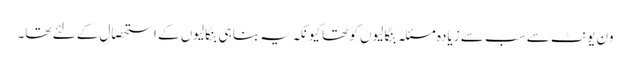
ون یونٹ سے سب سے زیادہ مسئلہ بنگالیوں کو تھا کیونکہ یہ بنا ہی بنگالیوں کے استحصال کے لئے تھا۔